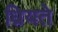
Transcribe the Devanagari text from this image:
ध्रियते